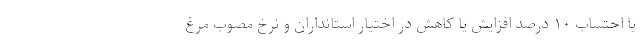
با احتساب ۱۰ درصد افزایش یا کاهش در اختیار استانداران و نرخ مصوب مرغ